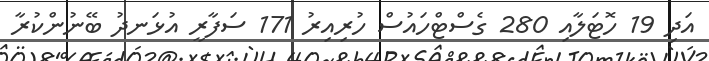
އަދި 19 ހޮޓަލާއި 280 ގެސްޓްހައުސް ހުރިއިރު 171 ސަފާރީ އުޅަނދު ބޭނުންކުރާ